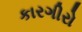
કારગીરો